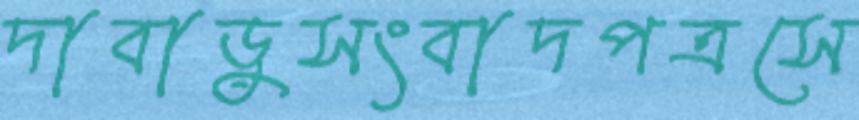
দাবাড়ুসংবাদপত্রসে